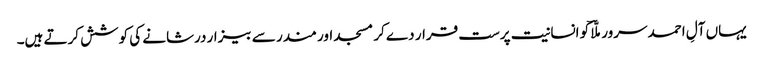
یہاں آلِ احمد سرور ملّاؔ کو انسانیت پرست قرار دے کر مسجد اور مندر سے بیزار درشانے کی کوشش کرتے ہیں۔